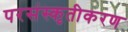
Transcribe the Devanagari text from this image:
परसंस्कृतीकरण